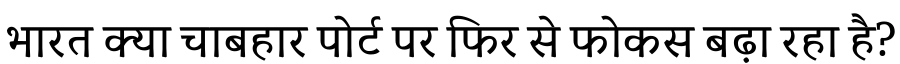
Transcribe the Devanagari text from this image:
भारत क्या चाबहार पोर्ट पर फिर से फोकस बढ़ा रहा है?